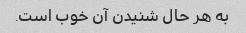
به هر حال شنیدن آن خوب است.